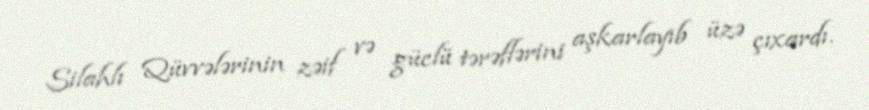
Silahlı Qüvvələrinin zəif və güclü tərəflərini aşkarlayıb üzə çıxardı.